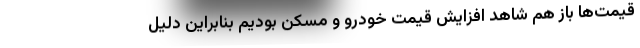
قیمت‌ها باز هم شاهد افزایش قیمت خودرو و مسکن بودیم بنابراین دلیل